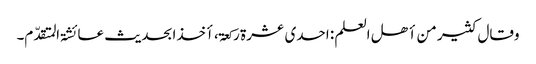
وقال کثیر من أھل العلم : احدی عشرۃ رکعۃ ، أخذا بحدیث عائشۃ المتقدّم۔